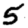
Digit: 5